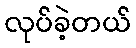
လုပ်ခဲ့တယ်